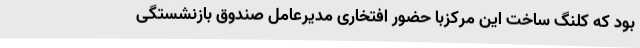
بود که کلنگ ساخت این مرکزبا حضور افتخاری مدیرعامل صندوق بازنشستگی